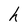
Character: h